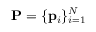
\mathbf { P } = \{ \mathbf { p } _ { i } \} _ { i = 1 } ^ { N }